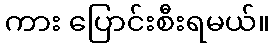
ကား ပြောင်းစီးရမယ်။